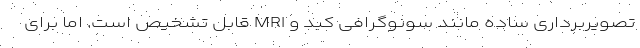
تصویربرداری ساده مانند سونوگرافی کبد و MRI قابل تشخیص است. اما برای